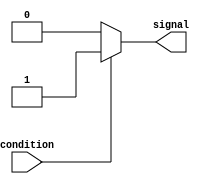
module simple_assign_example(
    input wire condition,
    output reg signal
);

always @(*) begin
    if(condition)
        signal = 1;
    else
        signal = 0;
end

endmodule